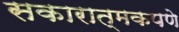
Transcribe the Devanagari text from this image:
सकारात्मकपणे